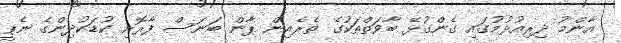
އާންމު ދިރިއުޅުމުގައި ގެންގުޅޭ ބާވަތްތަކުގެ ތެރެއިން ޕާން ބަނަސް ފާރޮށި ކުޑަކުދިންގެ ނެޕީ